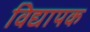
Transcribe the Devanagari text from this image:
विद्यापक